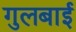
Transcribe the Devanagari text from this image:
गुलबाई